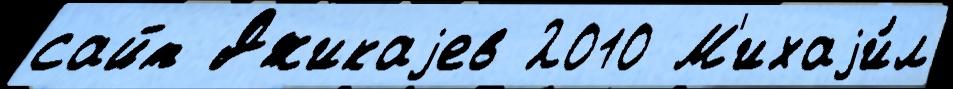
сайт Джикаjев 2010 М'ихаjи́л